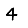
Digit: 4